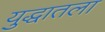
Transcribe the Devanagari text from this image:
युद्धातला